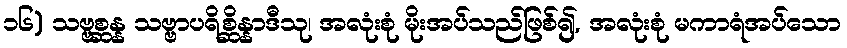
၁၆) သဗ္ဗစ္ဆန္န သဗ္ဗာပရိစ္ဆိန္နာဒီသု၊ အလုံးစုံ မိုးအပ်သည်ဖြစ်၍, အလုံးစုံ မကာရံအပ်သော